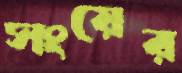
সংয়ের